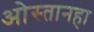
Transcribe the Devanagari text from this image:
ओस्तानहा